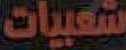
شعبيات